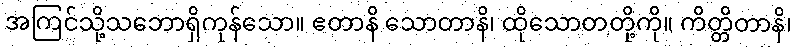
အကြင်သို့သဘောရှိကုန်သော။ ဧတာနိ သောတာနိ၊ ထိုသောတတို့ကို။ ကိတ္တိတာနိ၊